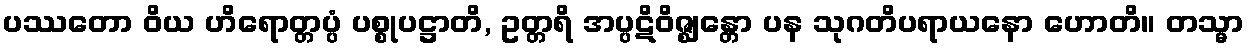
ပဿတော ဝိယ ဟိရောတ္တပ္ပံ ပစ္စုပဋ္ဌာတိ, ဥတ္တရိ အပ္ပဋိဝိဇ္ဈန္တော ပန သုဂတိပရာယနော ဟောတိ။ တသ္မာ